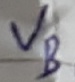
Text: VB